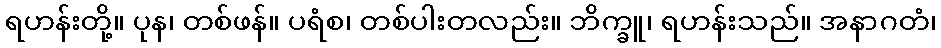
ရဟန်းတို့။ ပုန၊ တစ်ဖန်။ ပရံစ၊ တစ်ပါးတလည်း။ ဘိက္ခူ၊ ရဟန်းသည်။ အနာဂတံ၊